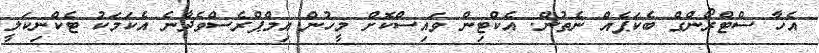
އެހާ ސްޓްރޯންގް ބެކަޕެއް ނެތުން. އެކްޓިން ވައިސްކޮށް މީހުން އިމްޕްރެސްވެދާނެ އެކަމަކު ޓެކްނިކަލީ